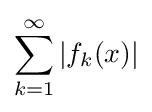
\sum _{k=1}^{\infty }|f_{k}(x)|